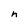
Character: h